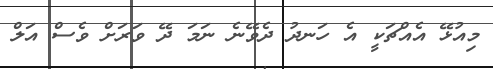
މިއުޅޭ އެއްޗަކީ އެ ހަނދު ދެވޭނެ ނަމަ ދޭ ވަރަށް ވެސް އަލް